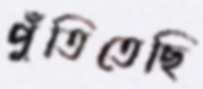
পুঁতিতেছি